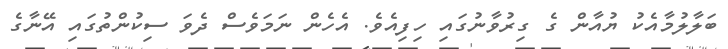
ބަލާލުމާއެކު ޔުއާން ގެ ގިރުވާނުގައި ހިފިއެވެ. އެހެން ނަމަވެސް ދެވަ ސިކުންތުގައި އޭނާގެ